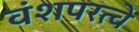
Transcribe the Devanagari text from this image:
वंशपरत्वे